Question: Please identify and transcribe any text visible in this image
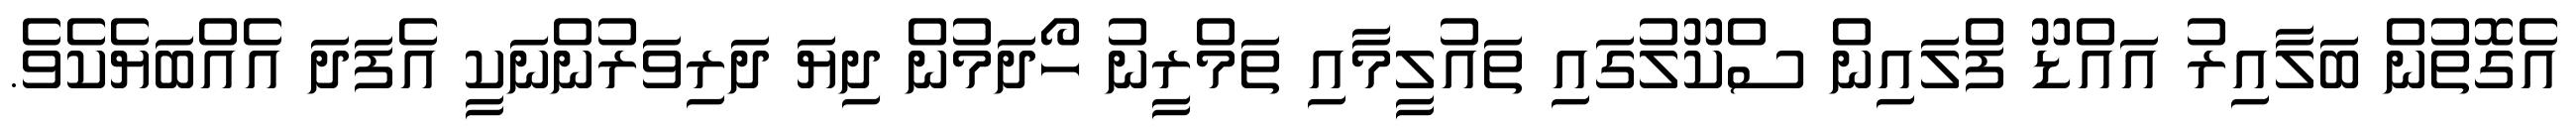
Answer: އެގޮތުން ބަލާއިރު އައްޑޫ ފްލައިން ސްކޫލުގައި ތައުލީމާއި ތަމްރީނު ހޯދަމުން ދިޔަ ދަރިވަރުންނަކީ އެފަދަ އެއްބަޔެކެވެ.